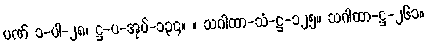
ပဏ် ၁-ပါ-၂၈၊ ဋ္ဌ-ပ-အုပ်-၁၃၄။ ။ သဂါထာ-သံ-ဋ္ဌ-၁၂၅။ သဂါထာ-ဋ္ဌ-၂၆၁။